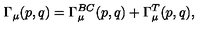
\Gamma _ { \mu } ( p , q ) = \Gamma _ { \mu } ^ { B C } ( p , q ) + \Gamma _ { \mu } ^ { T } ( p , q ) ,